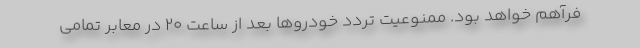
فرآهم خواهد بود. ممنوعیت تردد خودروها بعد از ساعت ۲۰ در معابر تمامی